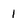
Character: 1